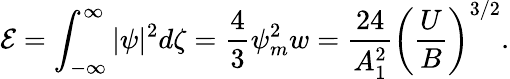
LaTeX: {\cal E}=\int_{-\infty}^{\infty}|\psi|^{2}d\zeta=\frac{4}{3}\psi_{m}^{2}w=\frac{24}{A_{1}^{2}}\left(\frac{U}{B}\right)^{3/2}.